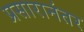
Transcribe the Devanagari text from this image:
प्रसारानंतर